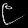
Digit: ၉